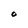
Character: O